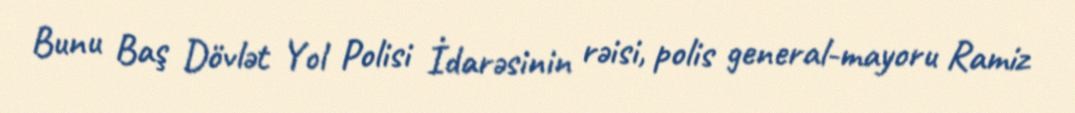
Bunu Baş Dövlət Yol Polisi İdarəsinin rəisi, polis general-mayoru Ramiz